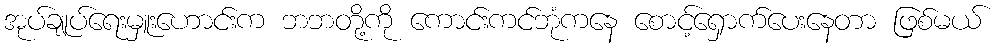
အုပ်ချုပ်ရေးမှူးဟောင်းက ဘဘတို့ကို ကောင်းကင်ဘုံကနေ စောင့်ရှောက်ပေးနေတာ ဖြစ်မယ်